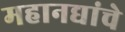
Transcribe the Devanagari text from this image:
महानद्यांचे